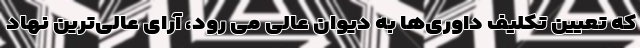
که تعیین تکلیف داوری‌ها به دیوان عالی می رود، آرای عالی‌ترین نهاد